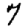
Digit: 7